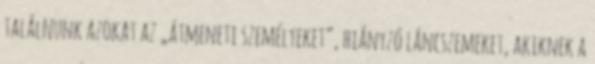
találnunk azo­kat az „átmeneti személyeket”, hiányzó láncszemeket, akiknek a